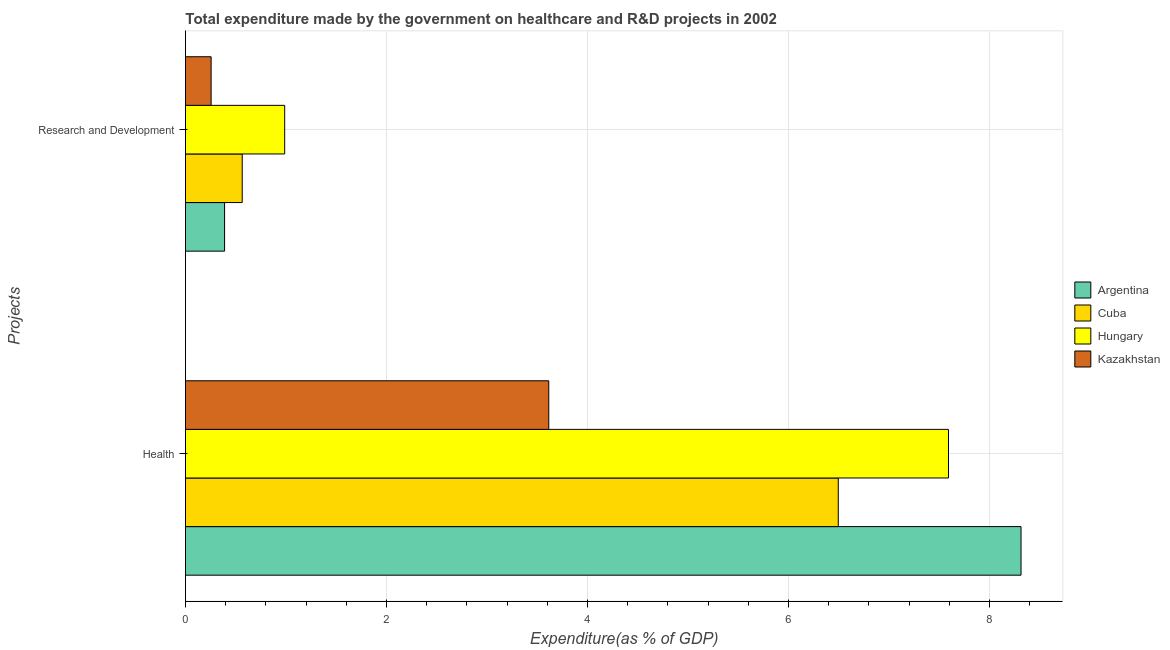
| Projects | Argentina | Cuba | Hungary | Kazakhstan |
 | --- | --- | --- | --- | --- |
 | Health | 8.31 | 6.5 | 7.59 | 3.61 |
 | Research and Development | 0.389 | 0.564 | 0.987 | 0.255 |